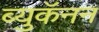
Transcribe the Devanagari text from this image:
ब्युकॅनन